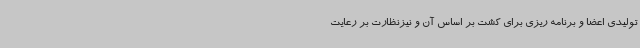
تولیدی اعضا و برنامه ریزی برای کشت بر اساس آن و نیزنظارت بر رعایت